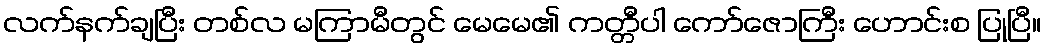
လက်နက်ချပြီး တစ်လ မကြာမီတွင် မေမေ၏ ကတ္တီပါ ကော်ဇောကြီး ဟောင်းစ ပြုပြီ။